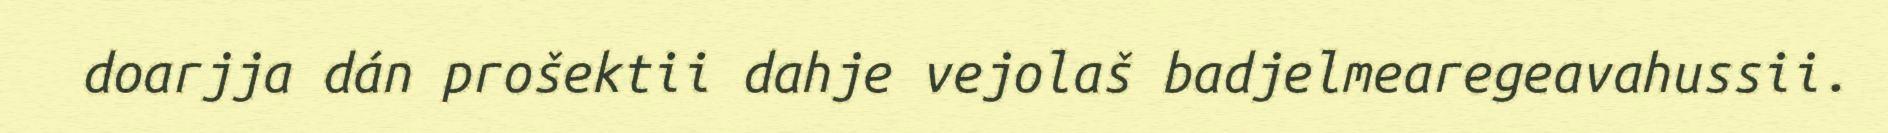
doarjja dán prošektii dahje vejolaš badjelmearegeavahussii.